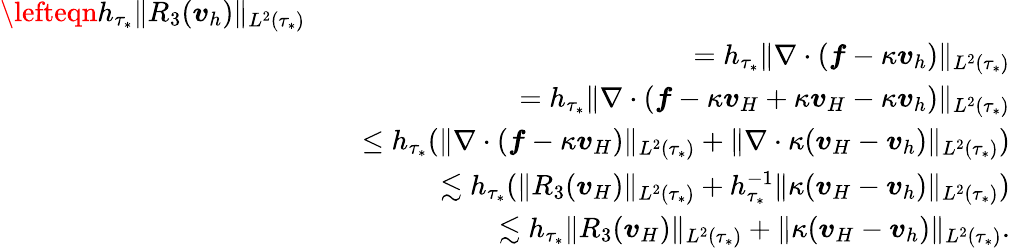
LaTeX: \begin{array}{rlr}{\lefteqn{h_{\tau_{*}}\| R_{3}(\boldsymbol{v}_{h})\| _{L^{2}(\tau_{*})}}}\\ &{}&{=h_{\tau_{*}}\| \nabla\cdot(\boldsymbol{f}-\kappa\boldsymbol{v}_{h})\| _{L^{2}(\tau_{*})}}\\ &{}&{=h_{\tau_{*}}\| \nabla\cdot(\boldsymbol{f}-\kappa\boldsymbol{v}_{H}+\kappa\boldsymbol{v}_{H}-\kappa\boldsymbol{v}_{h})\| _{L^{2}(\tau_{*})}}\\ &{}&{\leq h_{\tau_{*}}(\| \nabla\cdot(\boldsymbol{f}-\kappa\boldsymbol{v}_{H})\| _{L^{2}(\tau_{*})}+\| \nabla\cdot\kappa(\boldsymbol{v}_{H}-\boldsymbol{v}_{h})\| _{L^{2}(\tau_{*})})}\\ &{}&{\lesssim h_{\tau_{*}}(\| R_{3}(\boldsymbol{v}_{H})\| _{L^{2}(\tau_{*})}+h_{\tau_{*}}^{-1}\| \kappa(\boldsymbol{v}_{H}-\boldsymbol{v}_{h})\| _{L^{2}(\tau_{*})})}\\ &{}&{\lesssim h_{\tau_{*}}\| R_{3}(\boldsymbol{v}_{H})\| _{L^{2}(\tau_{*})}+\| \kappa(\boldsymbol{v}_{H}-\boldsymbol{v}_{h})\| _{L^{2}(\tau_{*})}.}\end{array}